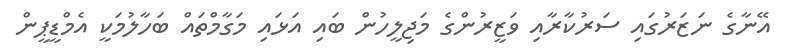
އޭނާގެ ނަޒަރުގައި ސަރުކާރާއި ވަޒީރުންގެ މަޖިލީހުން ބައި އަޅައި މަގާމްތައް ބަހާލުމަކީ އެމްޑީޕީން